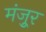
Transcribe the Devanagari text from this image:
मंजूुर